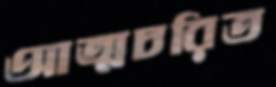
আত্মচরিত